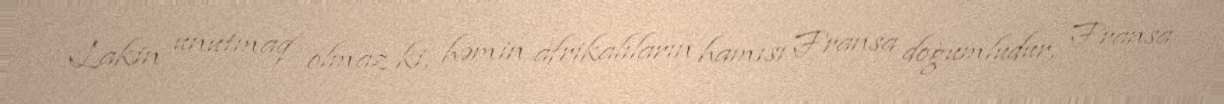
Lakin unutmaq olmaz ki, həmin afrikalıların hamısı Fransa doğumludur, Fransa